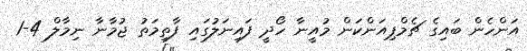
އަންހެން ބައިގެ ޗެމްޕިއަންކަން މުއީނާ ހޯދީ ފައިނަލުގައި ފާތިމަތު ޖުމާނާ ނިމާލް 4-1